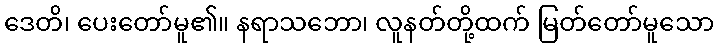
ဒေတိ၊ ပေးတော်မူ၏။ နရာသဘော၊ လူနတ်တို့ထက် မြတ်တော်မူသော